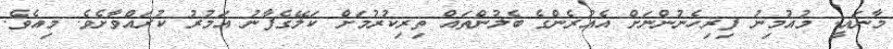
މާނައީ: މުއުމިނު ފިރިހެނުންނަށް އެއުރެންގެ ބެލުންތައް ތިރިކުރުމަށް ކަލޭގެފާނު އަމުރު ކުރައްވާށެވެ. މިއެވެ.